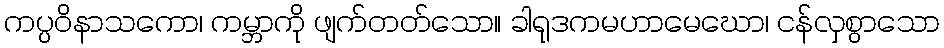
ကပ္ပဝိနာသကော၊ ကမ္ဘာကို ဖျက်တတ်သော။ ခါရုဒကမဟာမေဃော၊ ငန်လှစွာသော